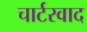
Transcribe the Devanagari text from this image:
चार्टरवाद